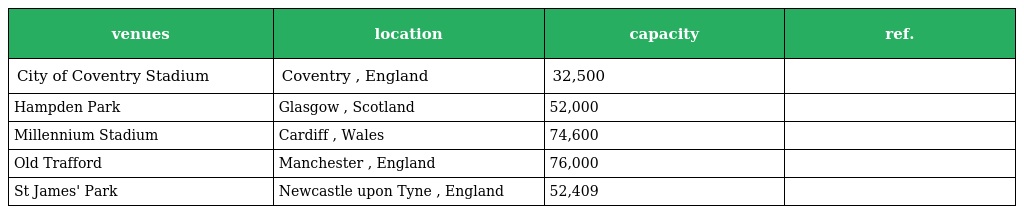
| venues | location | capacity | ref. |
 | --- | --- | --- | --- |
 | City of Coventry Stadium | Coventry , England | 32,500 |  |
 | Hampden Park | Glasgow , Scotland | 52,000 |  |
 | Millennium Stadium | Cardiff , Wales | 74,600 |  |
 | Old Trafford | Manchester , England | 76,000 |  |
 | St James' Park | Newcastle upon Tyne , England | 52,409 |  |